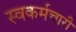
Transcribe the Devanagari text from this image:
स्वकर्मचारी